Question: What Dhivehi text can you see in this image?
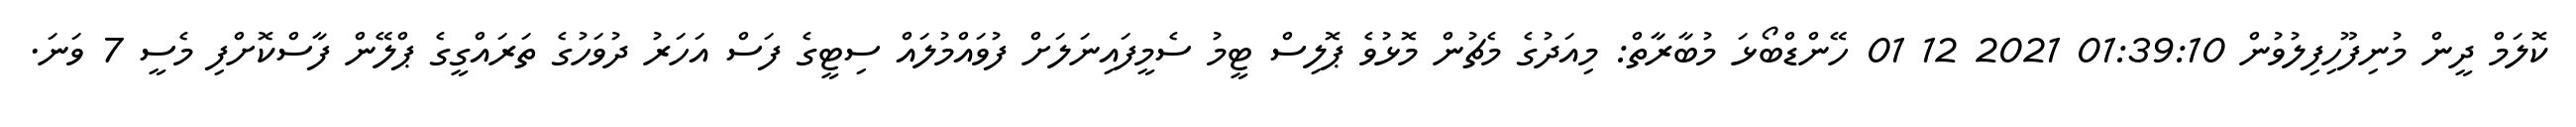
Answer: ކޮލަމް ދީން މުނިފޫހިފިލުވުން 01:39:10 2021 12 01 ހޭންޑްބޯޅަ މުބާރާތް: މިއަދުގެ މެޗުން މޮޅުވެ ޕޮލިސް ޓީމު ސެމީފައިނަލަށް ފުވައްމުލައް ސިޓީގެ ފަސް އަހަރު ދުވަހުގެ ތަރައްގީގެ ޕްލޭން ފާސްކޮށްފި މެސީ 7 ވަނަ.